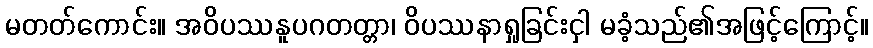
မတတ်ကောင်း။ အဝိပဿနူပဂတတ္တာ၊ ဝိပဿနာရှုခြင်းငှါ မခံ့သည်၏အဖြင့်ကြောင့်။